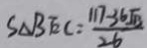
S _ { \Delta } B E C = \frac { 1 1 7 - 3 6 \sqrt { B } } { 2 6 }